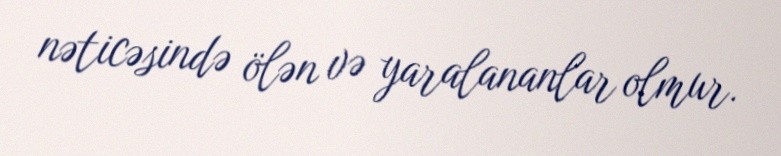
nəticəsində ölən və yaralananlar olmur.